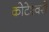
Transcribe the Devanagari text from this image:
कोटेश्वरी